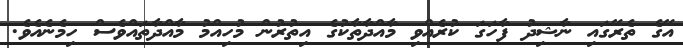
އޭގެ ތެރޭގައި ނާޝިދު ފާހަގަ ކުރެއްވި މާއްދާތާކުގެ އިތުރުން މުހިއްމު މާއްދާތައްވެސް ހިމެނެއެވެ.